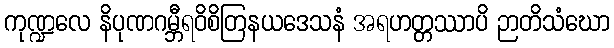
ကုဏ္ဍလေ နိပုဏဂမ္ဘီရဝိစိတြနယဒေသနံ အရဟတ္တဿာပိ ဉာတိသံဃော